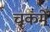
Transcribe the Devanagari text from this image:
चकमें